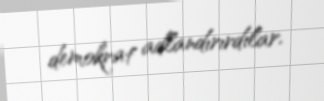
demokrat adlandırırdılar.